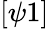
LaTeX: [\psi 1]